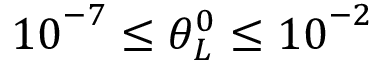
{ { 1 0 } ^ { - 7 } } \le \theta _ { L } ^ { 0 } \le { { 1 0 } ^ { - 2 } }